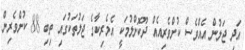
އަދި ޖަލުން އެއްވެސް ކުށްވެރިއެއް ދޫކޮށްލުމަކީ އެމެރިކާގެ ޖަލުތަކުގައި ތިބި 88 ކުށްވެރިން